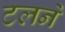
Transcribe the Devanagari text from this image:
टलने